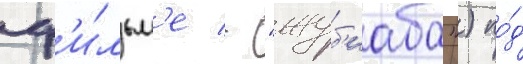
ф'и́льм'е - "жуб'иаба") по́д